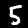
Digit: 5